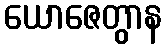
ယောဇေတွာန